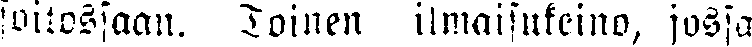
soitossaan. Toinen ilmaisukeino, jossa